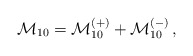
\begin{align*} {\cal M}_{10}= {\cal M}_{10}^{(+)}+{\cal M}_{10}^{(-)}\,,\end{align*}